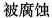
被腐蚀